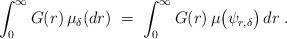
LaTeX: \begin{align*}\int_0^\infty G(r)\, \mu_\delta (dr) \;=\; \int_0^\infty G(r)\, \mu\big( \psi_{r,\delta} \big) \, dr\;.\end{align*}